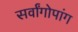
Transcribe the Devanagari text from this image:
सर्वांगोपांग